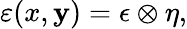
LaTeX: {\varepsilon(x,\mathbf{y})=\epsilon\otimes\eta,}